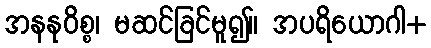
အနနုဝိစ္စ၊ မဆင်ခြင်မူ၍။ အပရိယောဂါ+